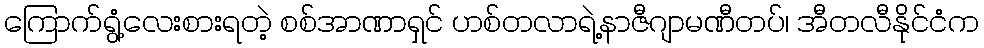
ကြောက်ရွံ့လေးစားရတဲ့ စစ်အာဏာရှင် ဟစ်တလာရဲ့နာဇီဂျာမဏီတပ်၊ အီတလီနိုင်ငံက